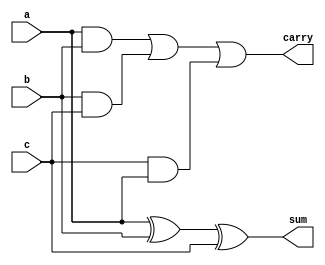
module add(sum, carry, a, b, c);
  input a, b, c;
  output sum, carry;
    assign sum=a^b^c;
    assign carry= (a&b)||(b&c)||(c&a);
endmodule